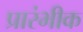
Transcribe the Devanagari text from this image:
प्रारंभीक